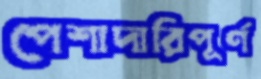
পেশাদারিপূর্ণ